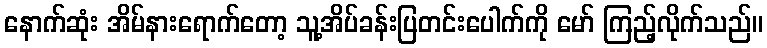
နောက်ဆုံး အိမ်နားရောက်တော့ သူ့အိပ်ခန်းပြတင်းပေါက်ကို မော် ကြည့်လိုက်သည်။